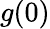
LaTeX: g(0)